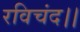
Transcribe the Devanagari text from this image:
रविचंद।।